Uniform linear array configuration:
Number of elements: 24
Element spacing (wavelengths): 0.25
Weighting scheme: uniform
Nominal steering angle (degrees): -60
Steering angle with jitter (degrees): -61.984
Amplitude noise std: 0.05
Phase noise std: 0.05

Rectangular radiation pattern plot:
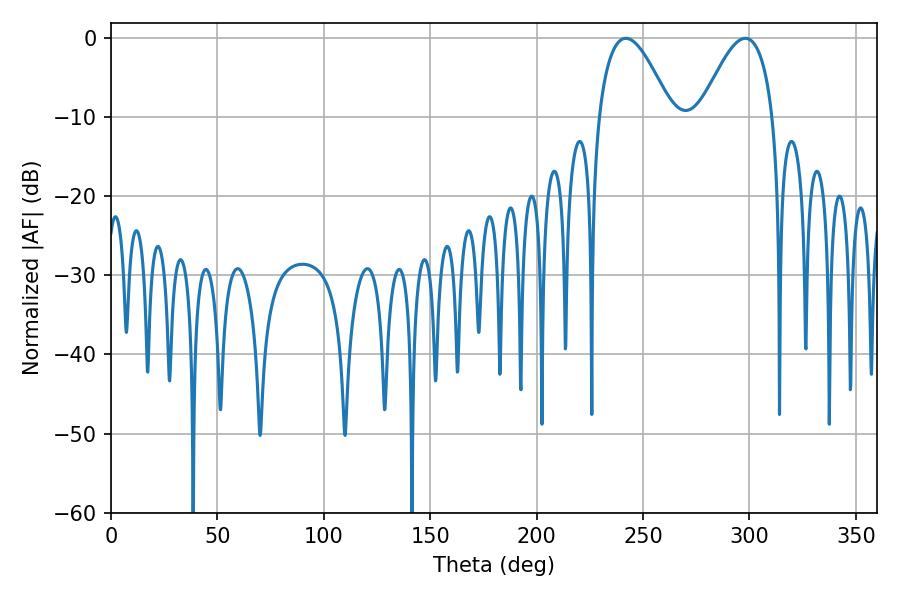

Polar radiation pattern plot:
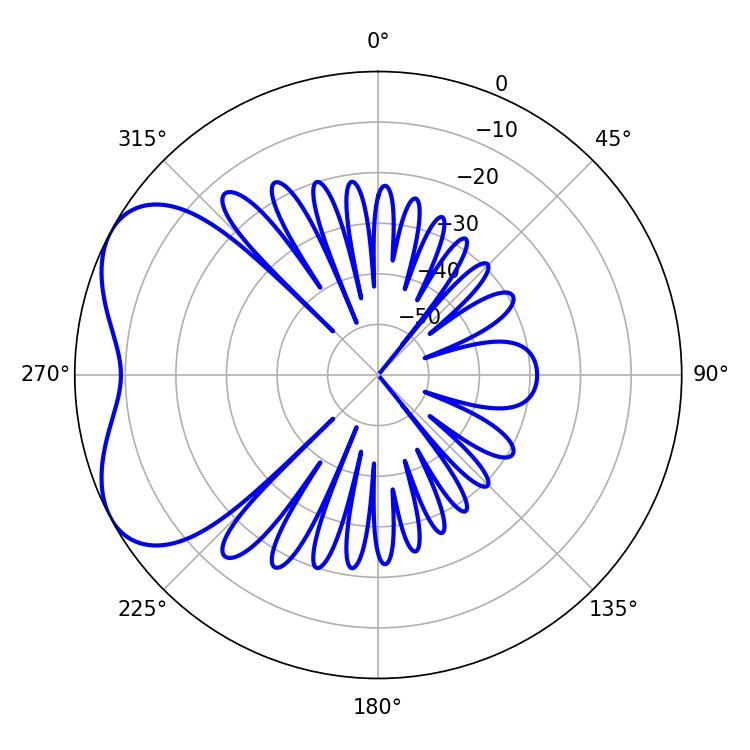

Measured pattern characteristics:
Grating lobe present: FALSE
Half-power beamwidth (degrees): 18.54
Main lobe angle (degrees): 241.92